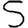
Digit: 5